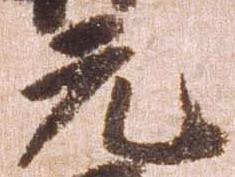
元